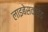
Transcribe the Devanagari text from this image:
लाइबेसकाइंड